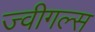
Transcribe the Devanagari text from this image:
ज्वीगल्स